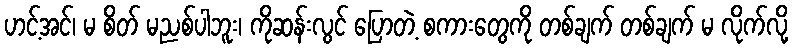
ဟင့်အင်၊ မ စိတ် မညစ်ပါဘူး၊ ကိုဆန်းလွင် ပြောတဲ့ စကားတွေကို တစ်ချက် တစ်ချက် မ လိုက်လို့